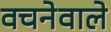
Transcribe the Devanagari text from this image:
वचनेवाले